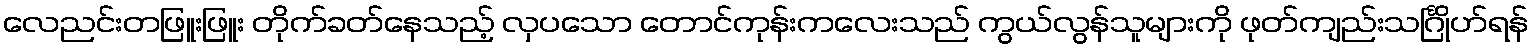
လေညင်းတဖြူးဖြူး တိုက်ခတ်နေသည့် လှပသော တောင်ကုန်းကလေးသည် ကွယ်လွန်သူများကို ဖုတ်ကျည်းသင်္ဂြိုဟ်ရန်